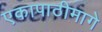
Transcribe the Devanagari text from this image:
एकापाठीमागे